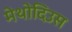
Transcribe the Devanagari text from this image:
मेथोदिउस